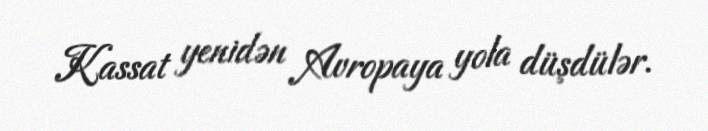
Kassat yenidən Avropaya yola düşdülər.